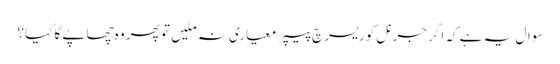
سوال یہ ہے کہ اگر جرنل کو ریسرچ پیپر معیاری نہ ملیں تو پھر وہ چھاپے گا کیا؟